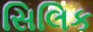
સિલિક